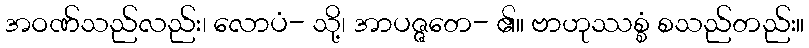
အဝဏ်သည်လည်း၊ လောပံ- သို့၊ အာပဇ္ဇတေ- ၏။ ဗာဟုဿစ္စံ စသည်တည်း။